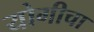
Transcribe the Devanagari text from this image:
योगीचा